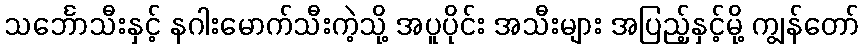
သင်္ဘောသီးနှင့် နဂါးမောက်သီးကဲ့သို့ အပူပိုင်း အသီးများ အပြည့်နှင့်မို့ ကျွန်တော်